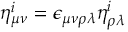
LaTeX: \eta _ { \mu \nu } ^ { i } = \epsilon _ { \mu \nu \rho \lambda } \eta _ { \rho \lambda } ^ { i }